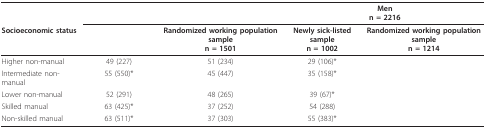
<table><thead><tr><td>[EMPTY_CELL]</td><td colspan="2">[EMPTY_CELL]</td><td colspan="2"><b>Menn = 2216</b></td></tr><tr><td><b>Socioeconomic status</b></td><td>[EMPTY_CELL]</td><td><b>Randomized working population samplen = 1501</b></td><td><b>Newly sick-listed samplen = 1002</b></td><td><b>Randomized working population samplen = 1214</b></td></tr></thead><tbody><tr><td>Higher non-manual</td><td>49 (227)</td><td>51 (234)</td><td>29 (106)*</td><td>[EMPTY_CELL]</td></tr><tr><td>Intermediate non-manual</td><td>55 (550)*</td><td>45 (447)</td><td>35 (158)*</td><td>[EMPTY_CELL]</td></tr><tr><td>Lower non-manual</td><td>52 (291)</td><td>48 (265)</td><td>39 (67)*</td><td>[EMPTY_CELL]</td></tr><tr><td>Skilled manual</td><td>63 (425)*</td><td>37 (252)</td><td>54 (288)</td><td>[EMPTY_CELL]</td></tr><tr><td>Non-skilled manual</td><td>63 (511)*</td><td>37 (303)</td><td>55 (383)*</td><td>[EMPTY_CELL]</td></tr></tbody></table>